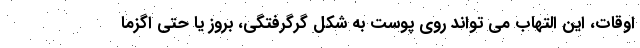
اوقات، این التهاب می تواند روی پوست به شکل گرگرفتگی، بروز یا حتی اگزما